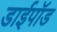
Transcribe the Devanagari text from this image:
डाईपॉड